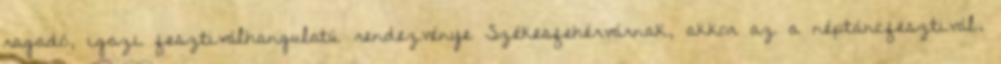
ragadó, igazi fesztiválhangulatú rendezvénye Székesfehérvárnak, akkor az a néptáncfesztivál.